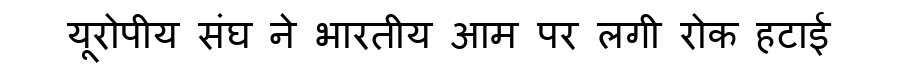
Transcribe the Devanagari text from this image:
यूरोपीय संघ ने भारतीय आम पर लगी रोक हटाई